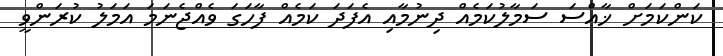
ކަންކަމަށް ޚާއްސަ ސަމާލުކަމެއް ދިނުމާއި އެފަދަ ކަމެއް ފާހަގަ ވެއްޖެނަމަ އަމަލު ކުރަންވީ